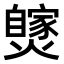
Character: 𤒝